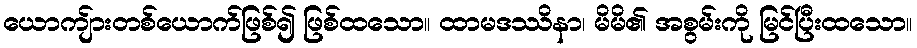
ယောကျ်ားတစ်ယောက်ဖြစ်၍ ဖြစ်ထသော။ ထာမဒဿိနာ၊ မိမိ၏ အစွမ်းကို မြင်ပြီးထသော။